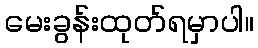
မေးခွန်းထုတ်ရမှာပါ။